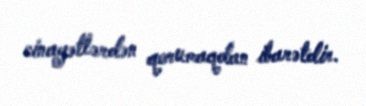
cinayətlərdən qorumaqdan ibarətdir.